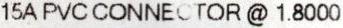
15A PVC CONNECTOR @ 1.8000